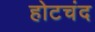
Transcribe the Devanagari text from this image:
होटचंद